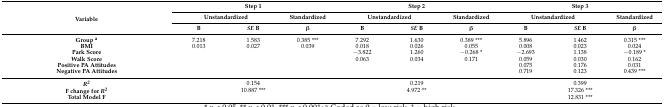
| <ROWSPAN=3> Variable | <COLSPAN=3> Step 1 | <COLSPAN=3> Step 2 | <COLSPAN=3> Step 3 |
 | <COLSPAN=2> Unstandardized | Standardized | <COLSPAN=2> Unstandardized | Standardized | <COLSPAN=2> Unstandardized | Standardized |
 | B | SE B | β | B | SE B | β | B | SE B | β |
 | --- | --- | --- | --- | --- | --- | --- | --- | --- | --- |
 | Group a | 7.218 | 1.583 | 0.385 *** | 7.292 | 1.630 | 0.389 *** | 5.896 | 1.462 | 0.315 *** |
 | BMI | 0.013 | 0.027 | 0.039 | 0.018 | 0.026 | 0.055 | 0.008 | 0.023 | 0.024 |
 | Park Score |  |  |  | −3.822 | 1.260 | −0.268 * | −2.693 | 1.138 | −0.189 * |
 | Walk Score |  |  |  | 0.063 | 0.034 | 0.171 | 0.059 | 0.030 | 0.162 |
 | Positive PA Attitudes |  |  |  |  |  |  | 0.075 | 0.176 | 0.031 |
 | Negative PA Attitudes |  |  |  |  |  |  | 0.719 | 0.123 | 0.439 *** |
 | R2 |  | 0.154 |  |  | 0.219 |  |  | 0.399 |  |
 | F change for R2 |  | 10.887 *** |  |  | 4.972 ** |  |  | 17.326 *** |  |
 | Total Model F |  |  |  |  |  |  |  | 12.831 *** |  |